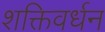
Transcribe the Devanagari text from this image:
शक्तिवर्धन